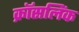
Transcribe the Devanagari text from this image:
क्रॉसलिंक